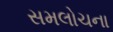
સમલોચના